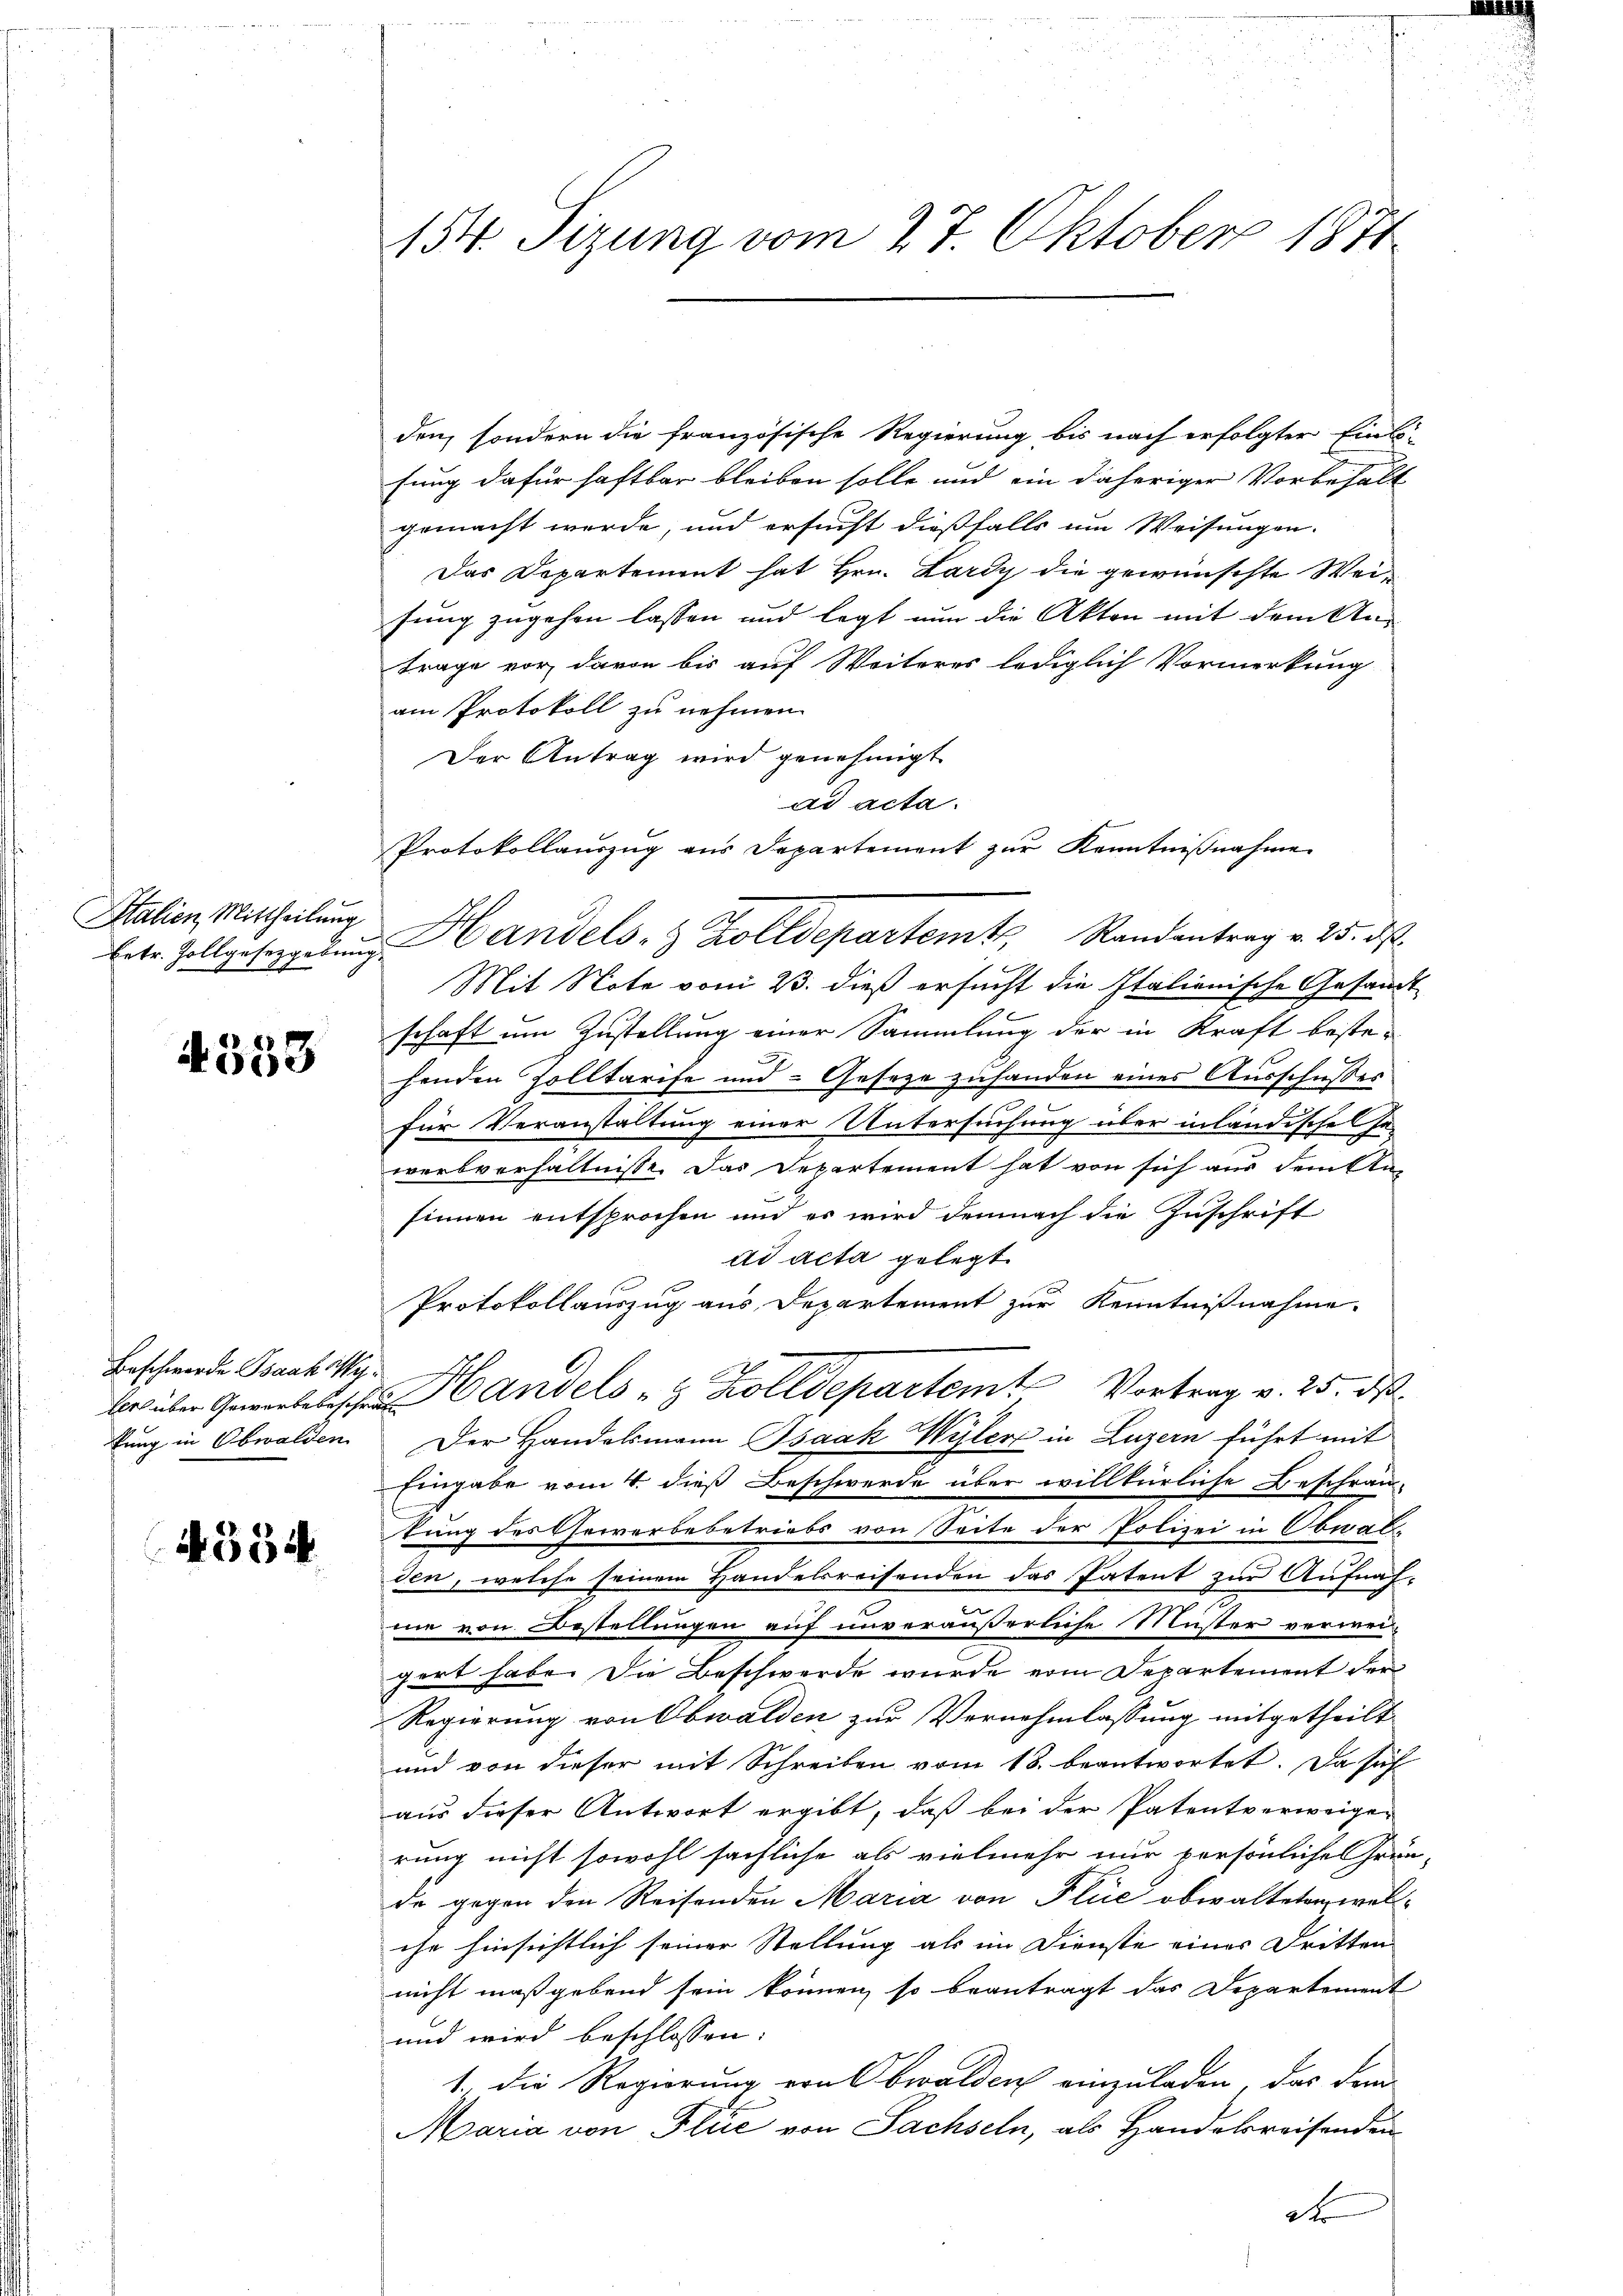
Italien, Mittheilung

4558

Beschwerde Isaak ist.

4354

154. Sizung vom 27. Oktober 1874

den, sondern die französische Regierung bis nach erfolgter Einfung dafür haftbar bleiben solle und ein daheriger Vorbehalt
gemacht werde, und ersucht dießfalls um Weisungen.
Das Departement hat Hrn. Lardy die gewünschte Weifung zugehen lassen und legt nun die Akten mit dem Antrage vor, davon bis auf Weiteres lediglich Vormerkung
am Protokoll zu nehmen.
Der Antrag wird genehmigt.
Mit Note vom 23. dieß ersucht die Italienische Gesandt
schaft um Zustellung einer Sammlung der in Kraft beste-
henden Zolltarife und Geseze zufanden eines Ausschußes
für Veranstaltung einer Untersuchung über inländische Ge-
werbverhältnisse. Das Departement hat von sich aus dem An-
sinnen entsprochen und er wird demnach die Zuschrift
ad acta gelegt.
Protokollauszug aus Departement zur Kenntnißnahme.
be über Gewerbelschen Handels 8 Zolldepartem Vortrag v. 25. ds.
tung in Obwalden. Der Handelsmann Isaak Wyler in Luzern führt mit
Eingabe vom 4. dieß Beschwerde über willkürliche Beschrän-
tung des Gewerbebetriebs von Seite der Polizei in Obwalden, welche seinem Handelsreisenden das Patent zur Aufnah-
me von Bestellungen auf unveräußerliche Muster verwei
gert habe. Die Beschwerde wurde vom Departement der
Regierung von Obwalden zur Vernehmlassung mitgetheilt
und von dieser mit Schreiben vom 18. beantwortet. Da sich
aus dieser Antwort ergibt, daß bei der Patentverweige-
rung nicht sowohl sächliche als vielmehr nur persönliche Grün-
de gegen den Reisenden Maria von Flie obwalteten welche hinsichtlich seiner Stellung als im Dienste eines Dritten
nicht maßgebend sein können, so beantragt das Departement
und wird beschlossen:
1. Die Regierung von Obwalden einzuladen, das dem
Maria von Plić von Sachseln, als Handelsreisenden
d

ad acta.
Protokollauszug aus Departement zur Kenntnißnahme
betr. Zollgeseggeben Handels- & Zolldepartemt, Randantrag v. 25. ds.